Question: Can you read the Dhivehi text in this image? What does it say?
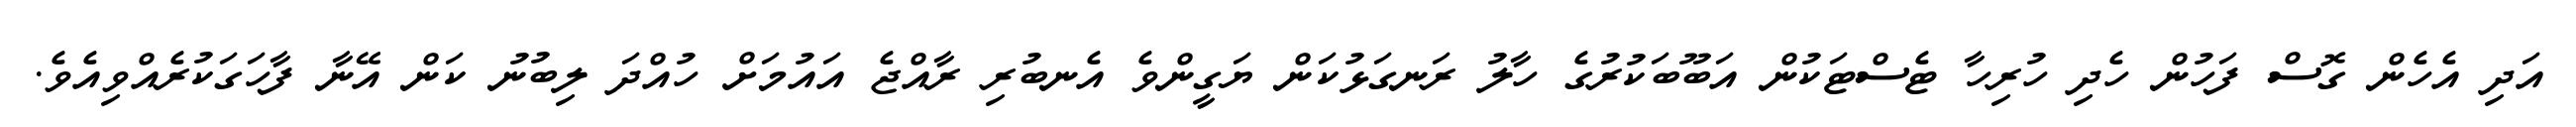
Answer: އަދި އެހެން ގޮސް ފަހުން ހެދި ހުރިހާ ޓެސްޓަކުން އަބޫބަކުރުގެ ހާލު ރަނގަޅުކަން ޔަގީންވެ އެނބުރި ރާއްޖެ އައުމަށް ހުއްދަ ލިބުނު ކަން އޭނާ ފާހަގަކުރެއްވިއެވެ.